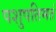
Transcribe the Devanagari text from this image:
पशुपतिमतं